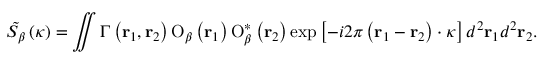
{ { \tilde { S _ { \beta } } } } \left( \boldsymbol { \kappa } \right) = \iint { \Gamma \left( { \bf { r } } _ { 1 } , { \bf { r } } _ { 2 } \right) { { { \mathrm O } } _ { \beta } } \left( { \bf { r } } _ { 1 } \right) { \mathrm O } _ { \beta } ^ { * } \left( { \bf { r } } _ { 2 } \right) \exp \left[ - i 2 \pi \left( { \bf { r } } _ { 1 } - { \bf { r } } _ { 2 } \right) \cdot \boldsymbol { \kappa } \right] { { d } ^ { 2 } } { { \bf { r } } _ { 1 } } { { d } ^ { 2 } } { { \bf { r } } _ { 2 } } } .